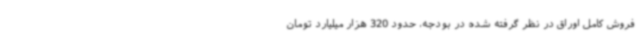
فروش کامل اوراق در نظر گرفته شده در بودجه، حدود 320 هزار میلیارد تومان